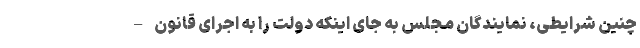
چنین شرایطی، نمایندگان مجلس به جای اینکه دولت را به اجرای قانون –